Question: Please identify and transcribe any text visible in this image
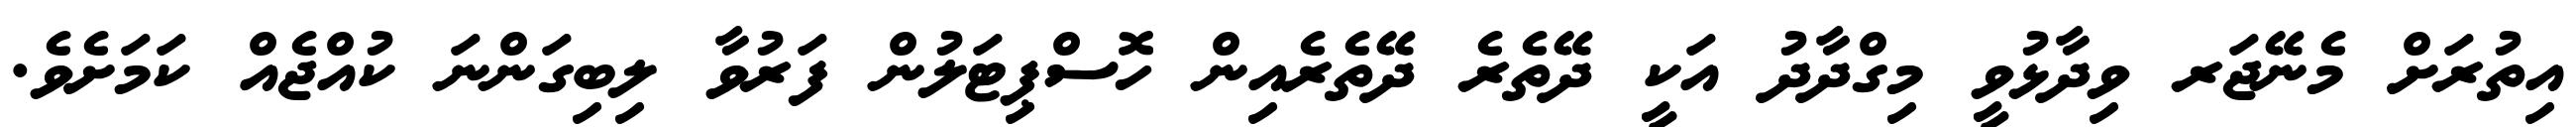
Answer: އިތުރަށް މެނޭޖަރ ވިދާޅުވީ މިގްދާދު އަކީ ދޭތެރެ ދޭތެރެއިން ހޮސްޕިޓަލުން ފަރުވާ ލިބިގަންނަ ކުއްޖެއް ކަމަށެވެ.